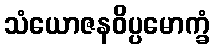
သံယောဇနဝိပ္ပမောက္ခံ